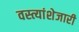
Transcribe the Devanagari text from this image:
वस्त्यांशेजारी